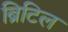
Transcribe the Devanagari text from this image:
ब्रिटिल